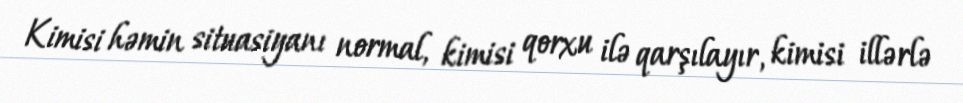
Kimisi həmin situasiyanı normal, kimisi qorxu ilə qarşılayır, kimisi illərlə